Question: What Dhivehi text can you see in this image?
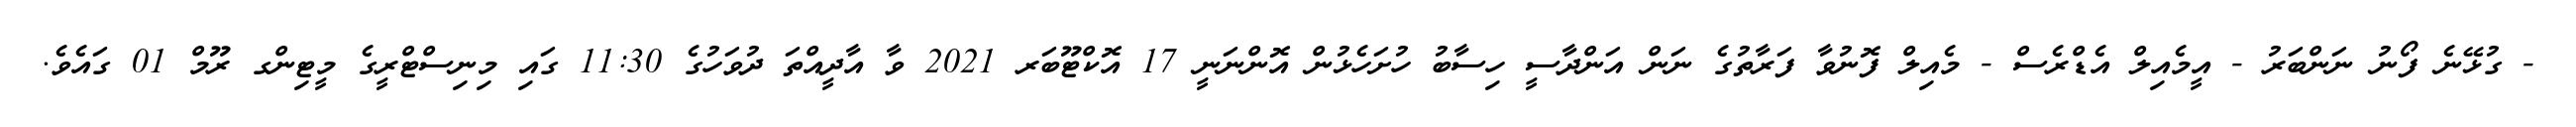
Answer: - ގުޅޭނެ ފޯނު ނަންބަރު - އީމެއިލް އެޑްރެސް - މެއިލް ފޮނުވާ ފަރާތުގެ ނަން އަންދާސީ ހިސާބު ހުށަހެޅުން އޮންނަނީ 17 އޮކްޓޫބަރ 2021 ވާ އާދީއްތަ ދުވަހުގެ 11:30 ގައި މިނިސްޓްރީގެ މީޓިންގ ރޫމް 01 ގައެވެ.